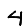
Digit: 4